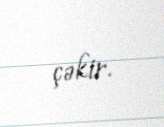
çəkir.